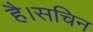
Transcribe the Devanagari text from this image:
है।सचिन